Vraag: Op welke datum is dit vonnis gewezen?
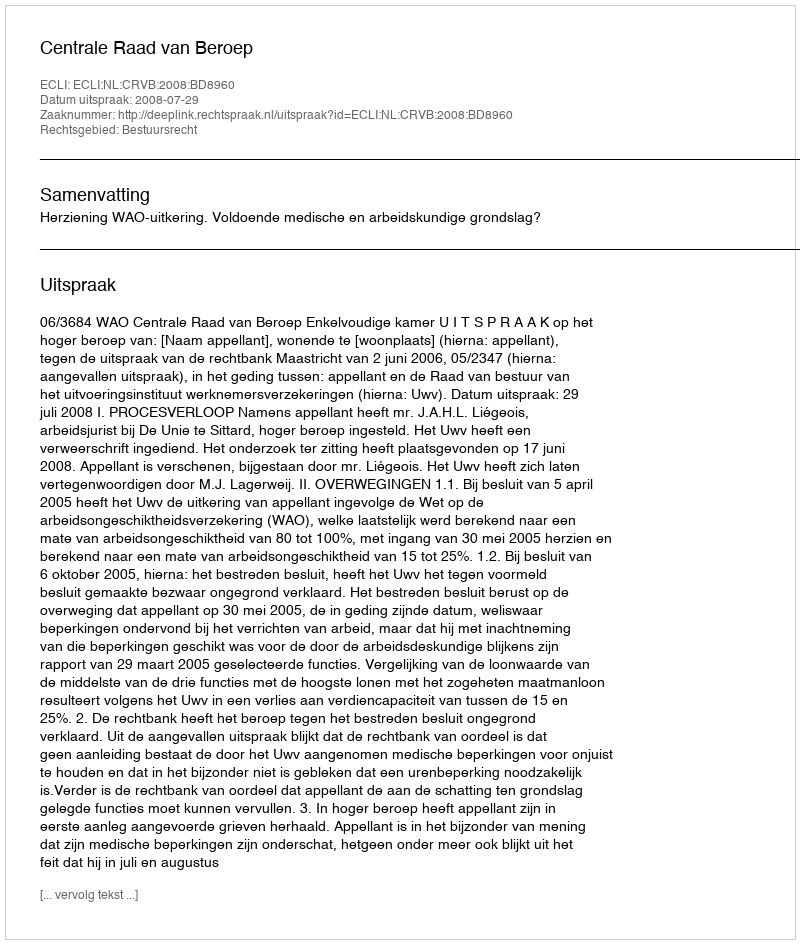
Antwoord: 2008-07-29